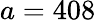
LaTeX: a=408